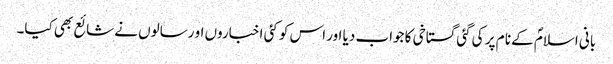
بانی اسلامؐ کے نا م پر کی گئی گستاخی کا جواب دیا اور اس کو کئی اخباروں او رسالوں نے شائع بھی کیا۔